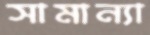
সামান্যা